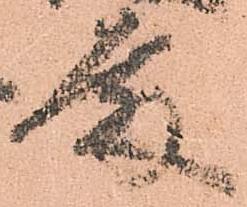
殿